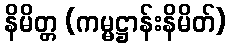
နိမိတ္တ (ကမ္မဋ္ဌာန်းနိမိတ်)